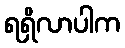
ရရှိလာပါက